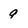
Character: q